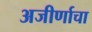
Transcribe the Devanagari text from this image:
अजीर्णाचा